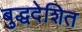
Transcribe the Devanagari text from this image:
बुद्धदेशित